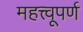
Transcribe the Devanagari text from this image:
महत्त्वूपर्ण